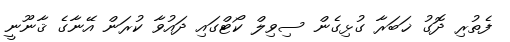
ފެތުރި ދޮގު ޚަބަރާ ގުޅިގެން ސިވިލް ކޯޓްގައި ދައުވާ ކުރަން އޭނާގެ ޤާނޫނީ